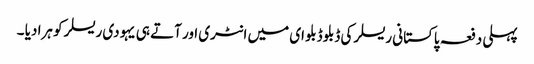
پہلی دفعہ پاکستانی ریسلر کی ڈبلو ڈبلو ای میں انٹری اور آتے ہی یہودی ریسلر کو ہرا دیا ۔